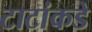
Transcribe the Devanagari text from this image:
टाटांकडे